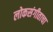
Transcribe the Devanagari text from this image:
लोकसंगीताचा